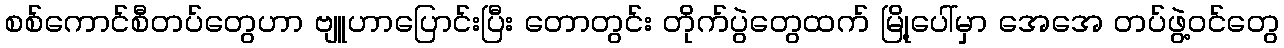
စစ်ကောင်စီတပ်တွေဟာ ဗျူဟာပြောင်းပြီး တောတွင်း တိုက်ပွဲတွေထက် မြို့ပေါ်မှာ အေအေ တပ်ဖွဲ့ဝင်တွေ